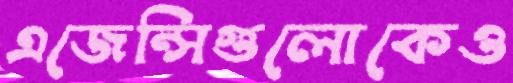
এজেন্সিগুলোকেও